Lunatic asylums United Provinces 1909-1921 - 1909-1921
Year: 1909
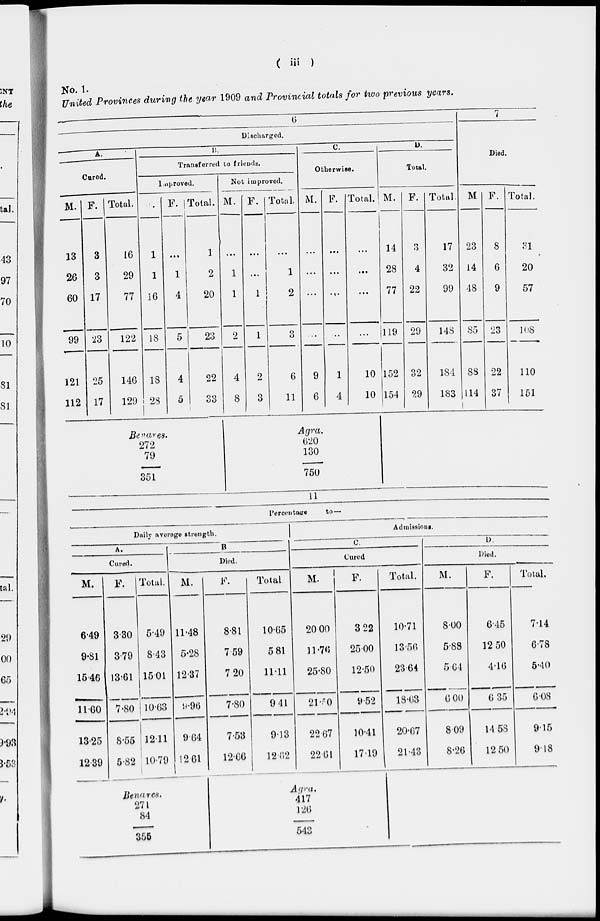
( iii )
No. 1.
United Provinces during the year 1909 and Provincial totals for two previous years.
6
Discharged.
A.
Cured.
M.
13
26
60
99
121
112
F.
3
3
17
23
25
17
Total.
16
29
77
122
146
129
B.
Transferred to friends.
Improved.
M.
1
1
16
I8
18
28
F.
...
1
4
5
4
5
Total.
1
2
20
23
22
33
Not improved.
M.
...
1
1
2
4
8
F.
...
...
1
1
2
3
Total.
...
1
2
3
6
11
C.
Otherwise.
M.
...
...
...
...
9
6
F.
...
...
...
...
1
4
Total.
...
...
...
...
10
10
D.
Total.
M.
14
28
77
119
152
154
F.
3
4
22
29
32
29
Total.
17
32
99
148
184
183
7
Died.
M
23
14
48
85
88
114
F.
8
6
9
23
22
37
Total.
31
20
57
108
110
151
Benares..
272
79
351
Agra.
620
130
750
Percentage
to—
Daily average strength.
A.
Cured.
M.
6.49
9.81
15.46
11.60
13.25
12.39
F.
3.30
3.79
13.61
7.80
8.55
5.82
Total.
5.49
8.43
15.01
10.63
12.11
10.70
B
Died.
M.
11.48
5.28
12.37
9.96
9.64
12.61
F.
8.81
7.59
7.20
7.80
7.53
12.66
Total
10.65
5.81
11.11
9.41
9.13
12.62
Admissions.
C.
Cured
M.
20.00
11.76
25.80
21.50
22.67
22.61
F.
3.22
25.00
12.50
9.52
10.41
17.19
Total.
10.71
13.56
23.64
18.63
20.67
21.43
D.
Died.
M.
8.00
5.88
5.64
6.00
8.09
8.26
F.
6.45
12.50
4.16
6.35
14.58
12.50
Total.
7.14
6.78
5.40
6.08
9.15
9.18
Benares.
271
84
355
Agra.
417
126
543